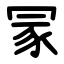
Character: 冡